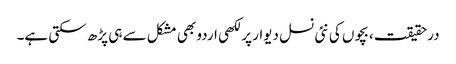
درحقیقت، بچوں کی نئی نسل دیوار پر لکھی اردو بھی مشکل سے ہی پڑھ سکتی ہے۔